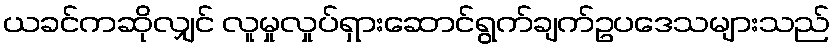
ယခင်ကဆိုလျှင် လူမှုလှုပ်ရှားဆောင်ရွက်ချက်ဥပဒေသများသည်